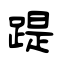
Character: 踶